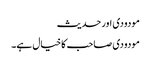
مودودی اور حدیث
مودودی صاحب کا خیال ہے۔